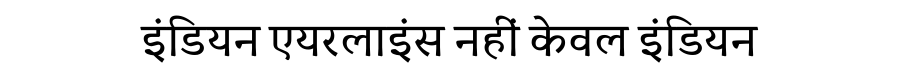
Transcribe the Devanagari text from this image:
इंडियन एयरलाइंस नहीं केवल इंडियन